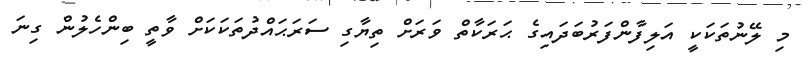
މި ލޭނުތަކަކީ އަލިފާންފަރުބަދައިގެ ޙަރަކާތް ވަރަށް ތިޔާގި ސަރަޙައްދުތަކަކަށް ވާތީ ބިންހެލުން ގިނަ